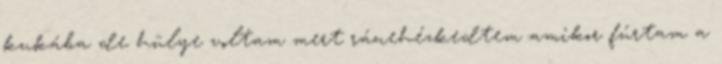
kukába de hülye voltam mert ránehézkedtem amikor fúrtam a